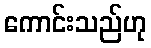
ကောင်းသည်ဟု